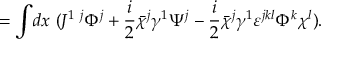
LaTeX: = \int \! d x ~ ( J ^ { 1 ~ j } \Phi ^ { j } + { \frac { i } { 2 } } \bar { \chi } ^ { j } \gamma ^ { 1 } \Psi ^ { j } - { \frac { i } { 2 } } \bar { \chi } ^ { j } \gamma ^ { 1 } \varepsilon ^ { j k l } \Phi ^ { k } \chi ^ { l } ) .